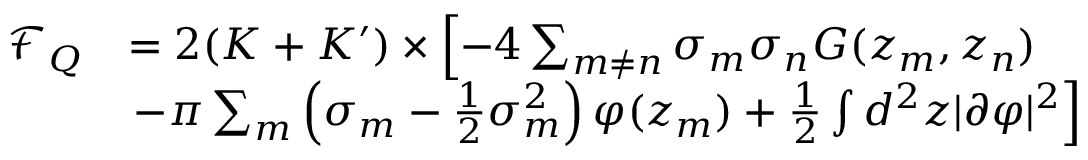
\begin{array} { r l } { \mathcal F _ { Q } } & { = 2 ( K + K ^ { \prime } ) \times \left[ - 4 \sum _ { m \neq n } \sigma _ { m } \sigma _ { n } G ( z _ { m } , z _ { n } ) \right. } \\ & { \left. - \pi \sum _ { m } \left( \sigma _ { m } - \frac { 1 } { 2 } \sigma _ { m } ^ { 2 } \right) \varphi ( z _ { m } ) + \frac { 1 } { 2 } \int d ^ { 2 } z | \partial \varphi | ^ { 2 } \right] } \end{array}